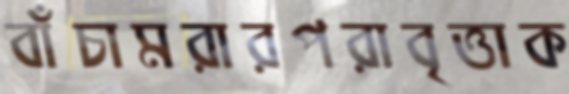
বাঁচামরারপরাবৃত্তাক